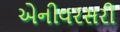
એનીવરસરી